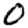
Digit: 0